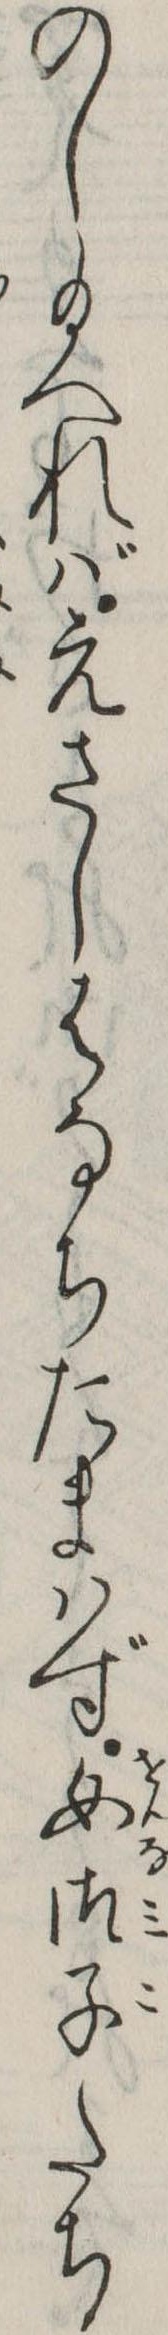
のし給へればえさしはなちたまはず女御子たち